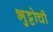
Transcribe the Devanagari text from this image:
भुट्टोची